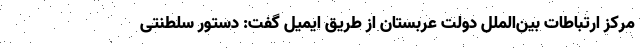
مرکز ارتباطات بین‌الملل دولت عربستان از طریق ایمیل گفت: دستور سلطنتی